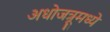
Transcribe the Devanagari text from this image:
अधोजत्रूमध्ये